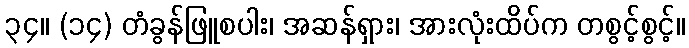
၃၄။ (၁၄) တံခွန်ဖြူစပါး၊ အဆန်ရှား၊ အားလုံးထိပ်က တစွင့်စွင့်။